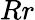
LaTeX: Rr